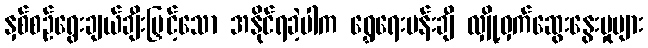
နှစ်စဉ်ရွေးချယ်ချီးမြှင့်သော အနိုင်ရခဲ့ပါက ရွှေရေးပန်းချီ လျှို့ဝှက်ဆွေးနွေးမှုများ